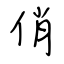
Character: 俏